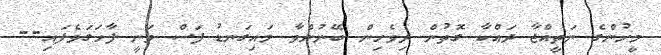
މީހުންގެ ނަތީއްޖާ ދައްކާ ގޮތުން ދިވެހިން ބޭނުންވާ މައިގަނޑު ފަސް ވަނީ ފާހަގަވެފައި--